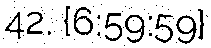
42. {6:59:59}